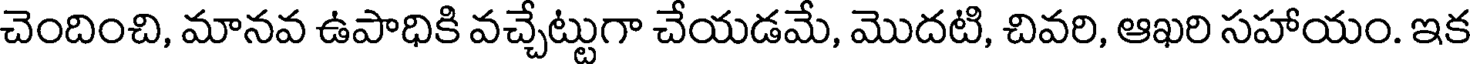
చెందించి, మానవ ఉపాధికి వచ్చేట్టుగా చేయడమే, మొదటి, చివరి, ఆఖరి సహాయం. ఇక